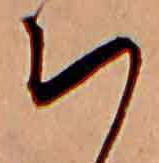
ち